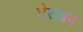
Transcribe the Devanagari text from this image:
घेराबंद